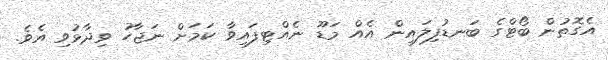
އެގޮތުން ބޯޓްގެ ބަނޑުފިލައިން އެއް މަޑޫ ނެއްޓިފައިވާ ކަމަށް ނަޖާހު ވިދާޅުވި އެވެ.